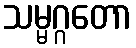
သမ္မဂ္ဂတော